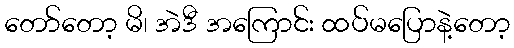
တော်တော့ မိ၊ အဲဒီ အကြောင်း ထပ်မပြောနဲ့တော့